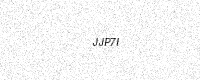
Text: JJP7I